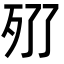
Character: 𣧓